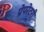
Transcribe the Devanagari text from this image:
प्रेपरेटरी